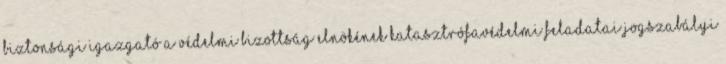
biztonsági igazgató A védelmi bizottság elnökének katasztrófavédelmi feladatai Jogszabályi